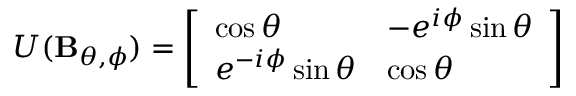
U ( \mathbf { B } _ { \theta , \phi } ) = { \left[ \begin{array} { l l } { \cos \theta } & { - e ^ { i \phi } \sin \theta } \\ { e ^ { - i \phi } \sin \theta } & { \cos \theta } \end{array} \right] }